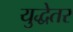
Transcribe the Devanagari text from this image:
युद्धेतर